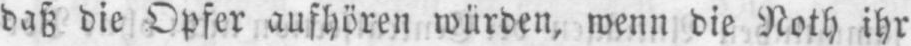
daß die Opfer aufhören würden, wenn die Noth ihr